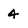
Character: 4